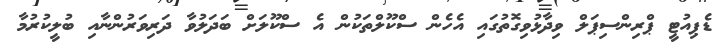
ޑެޕިއުޓީ ޕްރިންސިޕަލް ވިދާޅުވިގޮތުގައި އެހެން ސްކޫލްތަކުން އެ ސްކޫލަށް ބަދަލުވާ ދަރިވަރުންނާއި ބުލީކުރުމާ